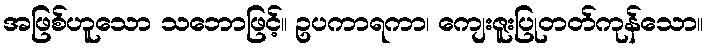
အဖြစ်ဟူသော သဘောဖြင့်။ ဥပကာရကာ၊ ကျေးဇူးပြုတတ်ကုန်သော။